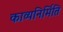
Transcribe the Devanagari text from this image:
काव्यनिर्मिति